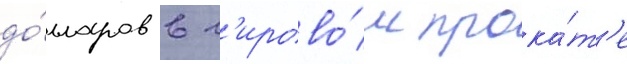
до́лларов в м'ирово́м прока́т'е